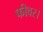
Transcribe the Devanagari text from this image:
फीवर।